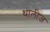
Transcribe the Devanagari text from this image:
थालीज